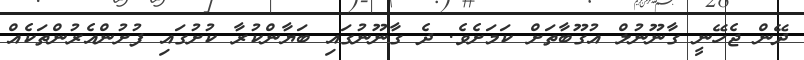
ދޭން ޖެހޭނީ ގާނޫނުލް އުގޫބާތަށް ކަމަށެވެ. ދެ ގާނޫނުގައި ބަޔާންކުރާ ކުށުގައި ފުށުންއެރުންތަކެއް